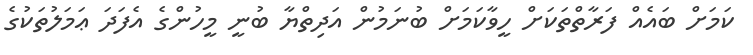
ކަމަށް ބައެއް ފަރާތްތަކަށް ހީވާކަމަށް ބުނަމުން އަދިތްޔާ ބުނީ މީހުންގެ އެފަދަ ޢަމަލުތަކުގެ